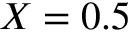
X = 0 . 5